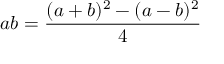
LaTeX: a b = { \frac { ( a + b ) ^ { 2 } - ( a - b ) ^ { 2 } } { 4 } }